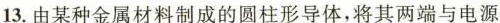
13. 由某种金属材料制成的圆柱形导体，将其两端与电源